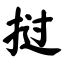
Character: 挝